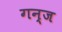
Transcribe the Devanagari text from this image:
गन्ज